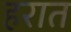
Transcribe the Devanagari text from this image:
हरात